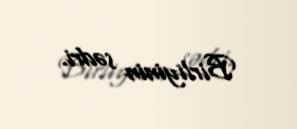
Birliyinin sədri.